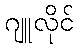
ဂျူလိုင်